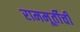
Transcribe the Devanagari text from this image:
राममूर्तीची